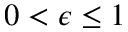
0 < \epsilon \leq 1